Annual administration report of the Civil Veterinary Department, Ajmere-Merwara, British Rajputana - 1914-1940
Year: 1914
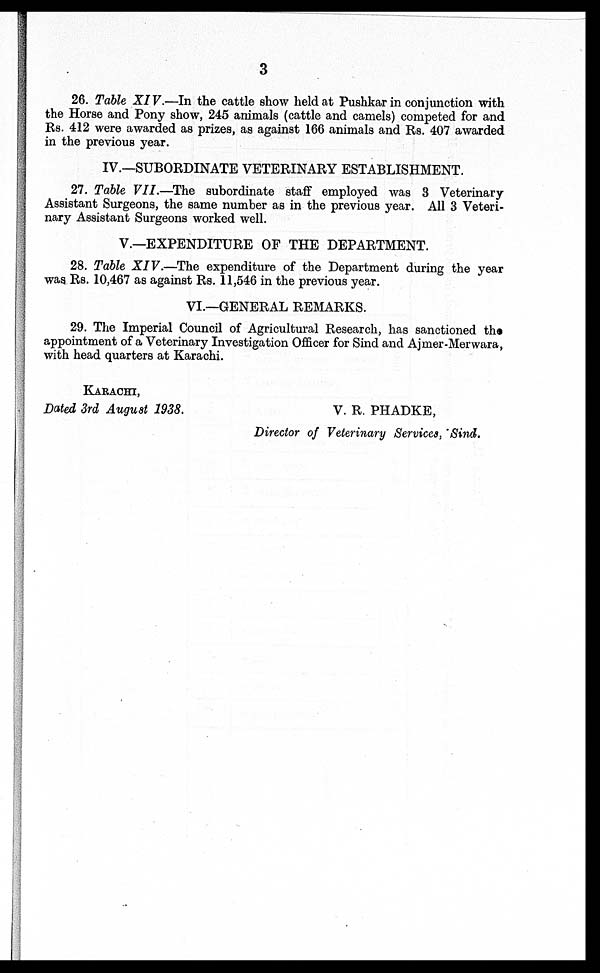
3
26. Table XIV.—In the cattle show held at Pushkar in conjunction with
the Horse and Pony show, 245 animals (cattle and camels) competed for and
Rs. 412 were awarded as prizes, as against 166 animals and Rs. 407 awarded
in the previous year.
IV.—SUBORDINATE VETERINARY ESTABLISHMENT.
27. Table VII.—The subordinate staff employed was 3 Veterinary
Assistant Surgeons, the same number as in the previous year. All 3 Veteri-
nary Assistant Surgeons worked well.
V.—EXPENDITURE OF THE DEPARTMENT.
28. Table XIV.—The expenditure of the Department during the year
was Rs. 10,467 as against Rs. 11,546 in the previous year.
VI.—GENERAL REMARKS.
29. The Imperial Council of Agricultural Research, has sanctioned the
appointment of a Veterinary Investigation Officer for Sind and Ajmer-Merwara,
with head quarters at Karachi.
KARACHI,
Dated 3rd August 1938.
V. R. PHADKE ,
Director of Veterinary Services, Sind.